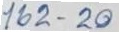
162 - 20